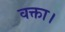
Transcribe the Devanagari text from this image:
वक्ता।